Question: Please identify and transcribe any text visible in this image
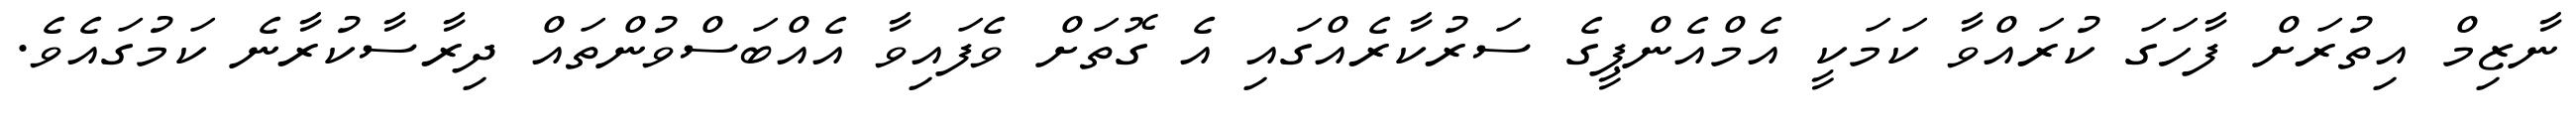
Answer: ނާޒިމް އިތުރަށް ފާހަގަ ކުރައްވާ ކަމަކީ އެމްއެންޕީގެ ސަރުކާރެއްގައި އެ ގޮތަށް ވެފައިވާ އެއްބަސްވުންތައް ދިރާސާކުރާނެ ކަމުގައެވެ.